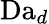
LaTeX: \textrm{Da}_{d}